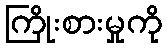
ကြိုးစားမှုကို